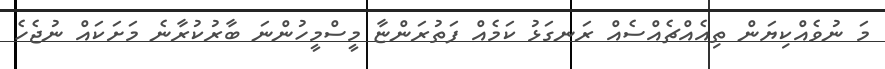
މަ ނުވެއްކިޔަން ތިއެއްޗެއްސެއް ރަނގަޅު ކަމެއް ފަތުރަންޏާ މީސްމީހުންނަ ބާރުކުރާނެ މަށަކައް ނުޖެހެ